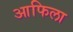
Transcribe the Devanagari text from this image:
आफिला